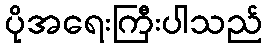
ပိုအရေးကြီးပါသည်